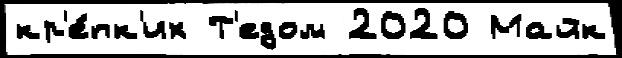
кр'е́пк'их Т'едом 2020 Майк